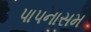
પાપનાસમ